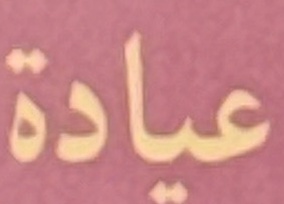
عیادة